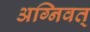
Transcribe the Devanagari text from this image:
अग्निवत्